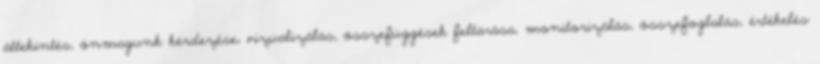
áttekintés, önmagunk kérdezése, vizualizálás, összefüggések feltárása, monitorizálás, összefoglalás, értékelés